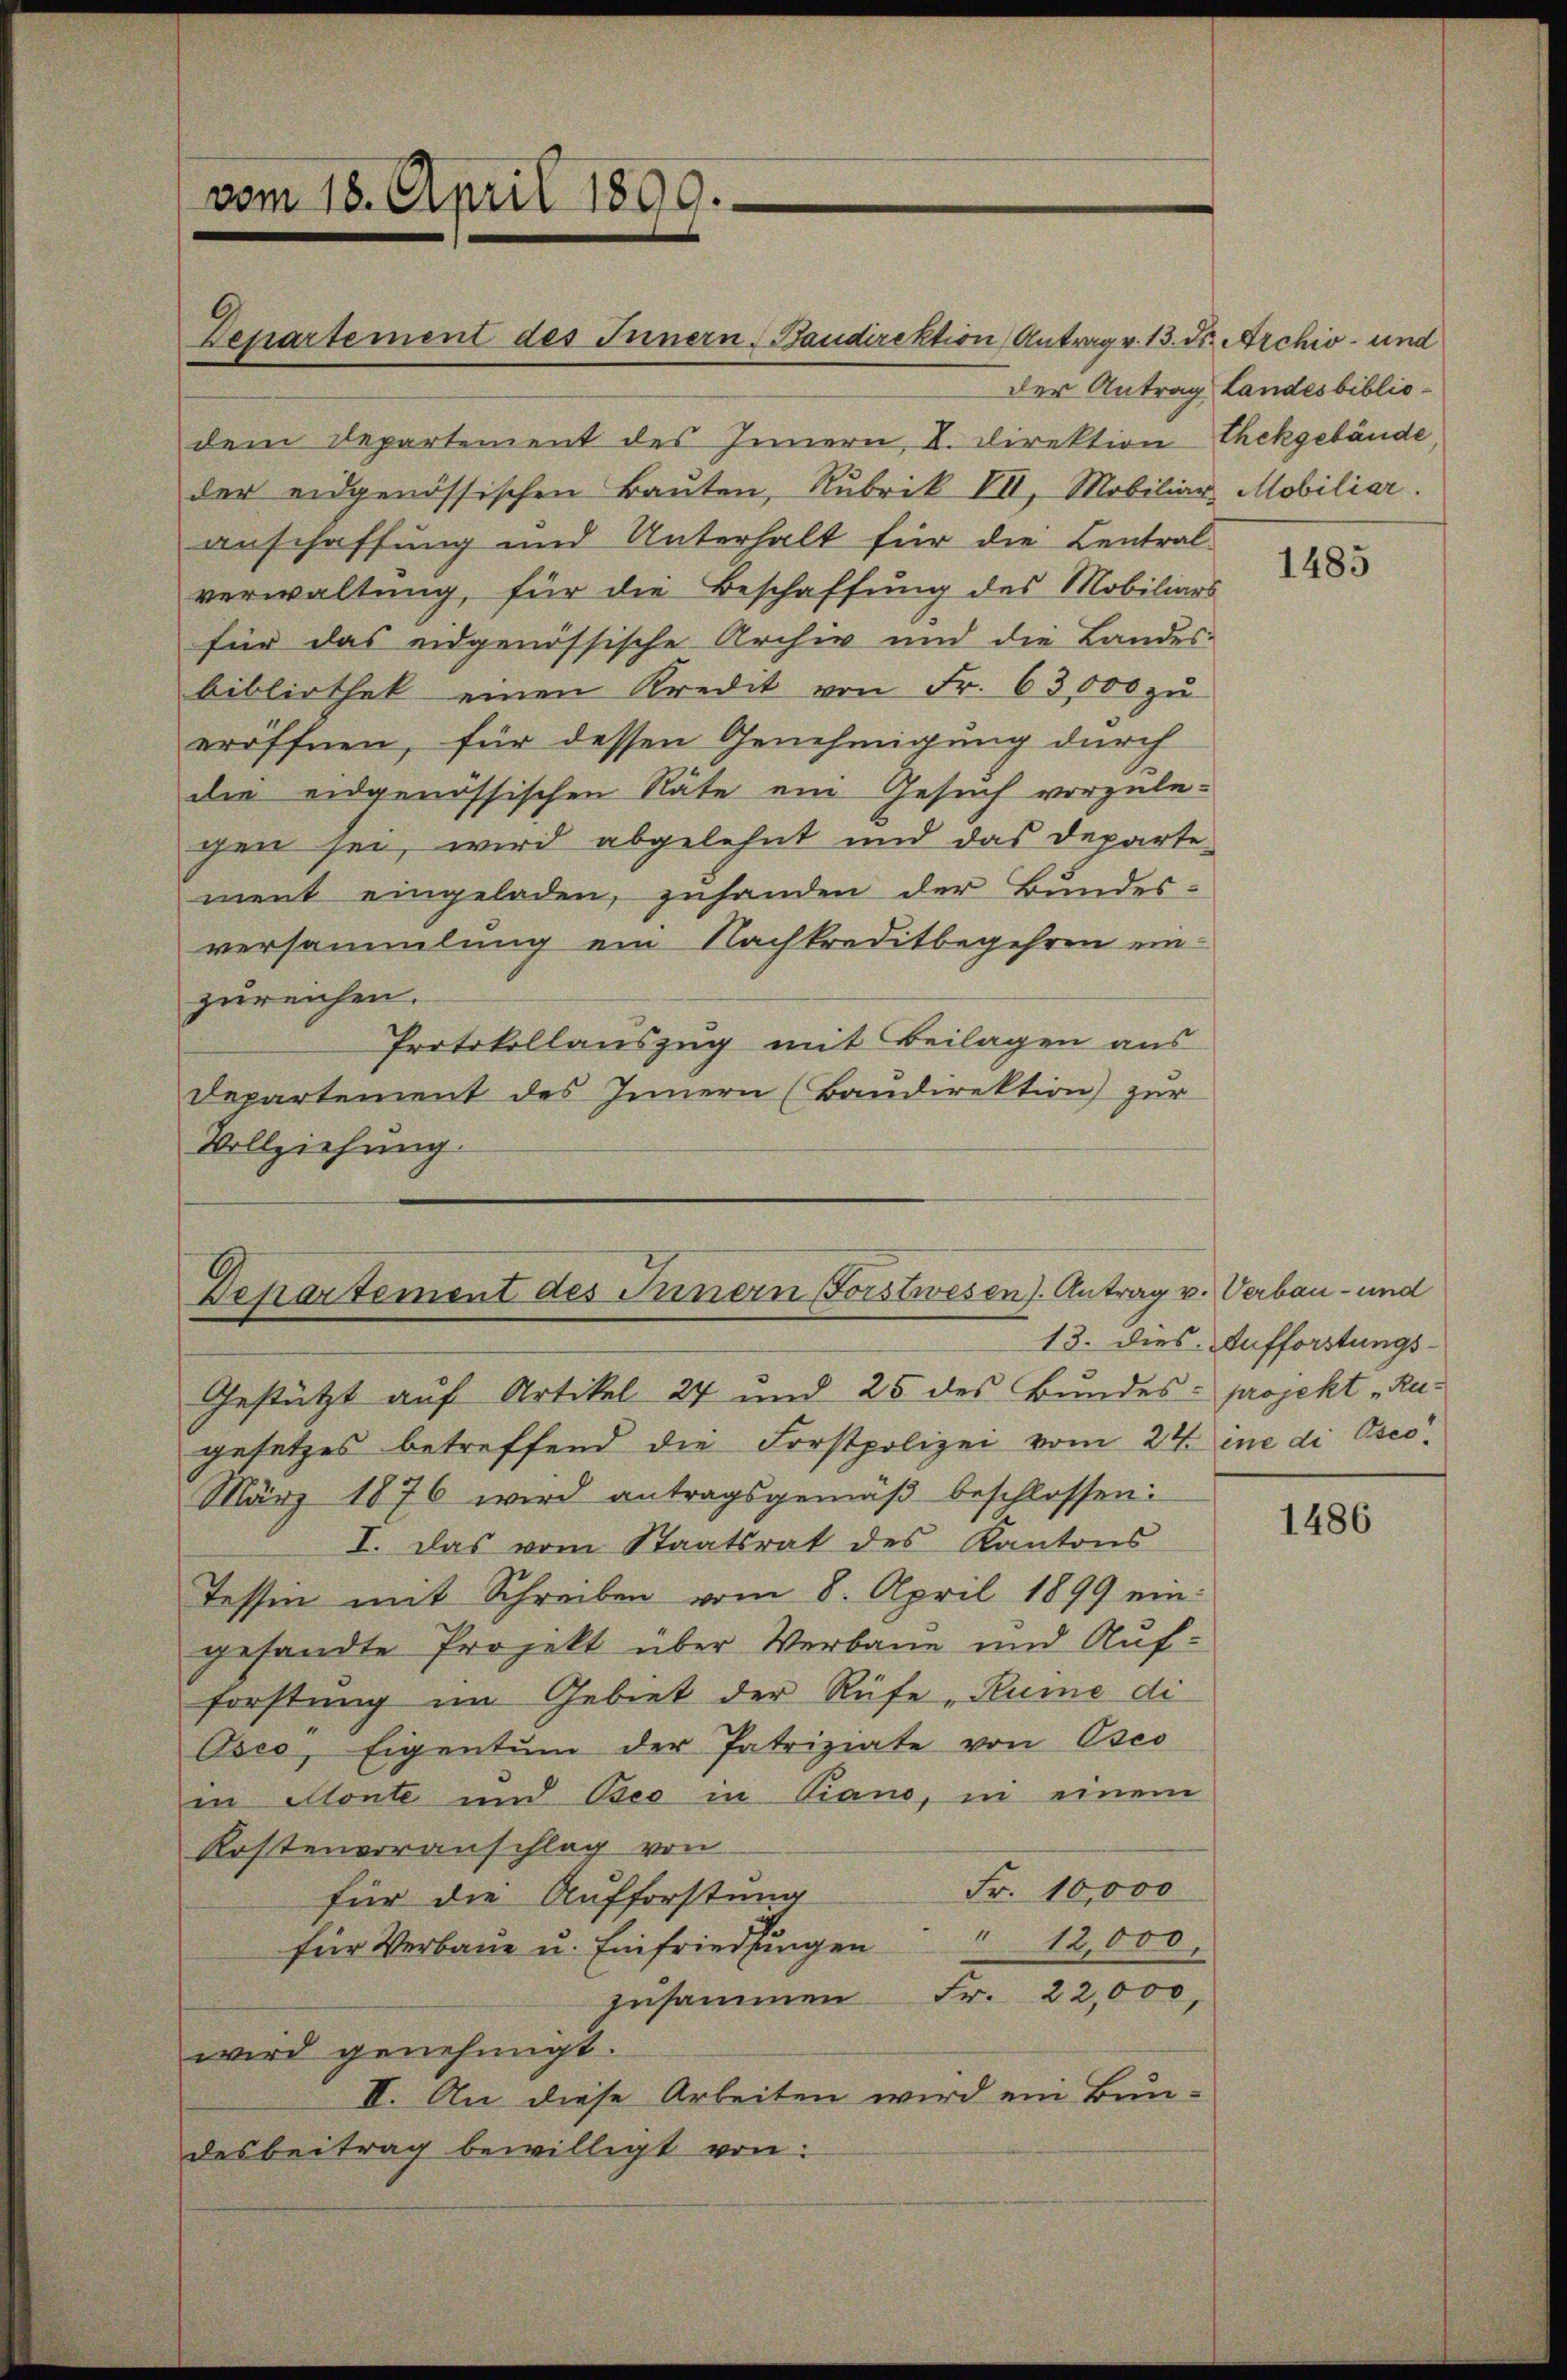
vom 18. April 1899.

dem Departement des Innern I. Direktion Thekgebäude,
der eidgenössischen Bauten, Rubrik VII, Mobiliar Mobiliar.
anschaffung und Unterhalt für die Central-
verwaltung, für die Beschaffung des Mobiliars
für das eidgenössische Archiv und die Landes-
bibliothek einen Kredit von Fr. 63,000 zu
eröffnen, für dessen Genehmigung durch
die eidgenössischen Räte ein Gesuch vorzulegen sei, wird abgelehnt und das Departement eingeladen, zuhanden der Bundes-
versammlung ein Nachkreditbegehren einzureichen.
Protokollauszug mit Beilagen aus
Departement des Innern (Baudirektion) zur
Vollziehung

Departement des Innern, Baudirektion Antrag v. 13. ds. Archiv- und

Departement des Innern Forstwesen. Antrag v. Verbau- und

Gestützt auf Artikel 27 und 25 des Bundes- projekt „Rugesetzes betreffend die Forstpolizei vom 24. eine di Oseo¬
März 1876 wird antragsgemäβ beschlossen:
I. Das vom Staatsrat des Kantons
Tessen mit Schreiben vom 8. April 1899 eingesandte Projekt über Verbaue und Aufforstung im Gebiet der Rüfe „Kume di
Oses, Eigentum der Patriziate von Eseo
in Monte und Beo in Piano, in einem
Kostenvoranschlag von
Fr. 10,000
für die Aufforstung
12,000.
für Verbaue u. Einfriedlungen
zusammen Fr. 22,000,
wird genehmigt.
II. An diese Arbeiten wird ein Bun-
desbeitrag bewilligt von

der Antrag Landesbiblio¬

1485

13. dies Aufforstungs-

1486